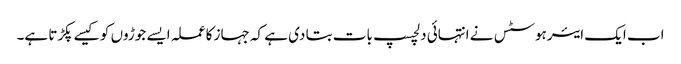
اب ایک ایئرہوسٹس نے انتہائی دلچسپ بات بتا دی ہے کہ جہاز کا عملہ ایسے جوڑوں کو کیسے پکڑتا ہے۔